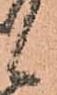
候